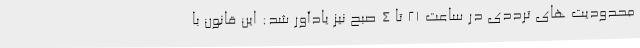
محدودیت های ترددی در ساعت 21 تا 4 صبح نیز یادآور شد: این قانون با